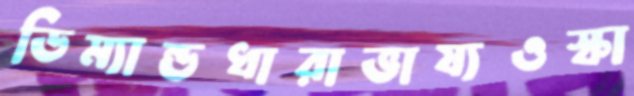
ডিম্যান্ডধারাভাষ্যওস্কা